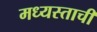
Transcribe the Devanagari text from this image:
मध्यस्ताची